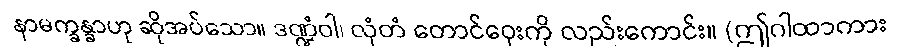
နာမက္ခန္ခာဟု ဆိုအပ်သော။ ဒဏ္ဍံဝါ၊ လှံတံ တောင်ဝှေးကို လည်းကောင်း။ (ဤဂါထာကား